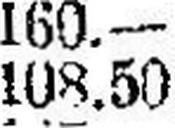
108.50